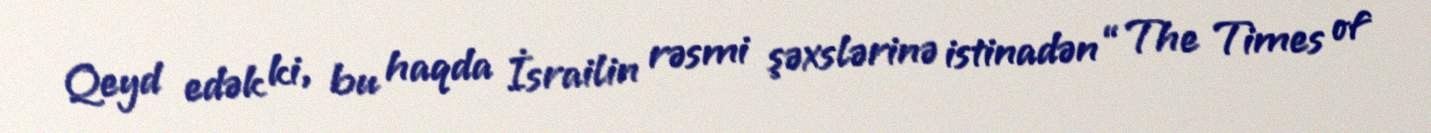
Qeyd edək ki, bu haqda İsrailin rəsmi şəxslərinə istinadən “The Times of